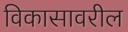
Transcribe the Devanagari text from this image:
विकासावरील